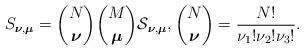
LaTeX: \begin{align*}S_{\boldsymbol\nu,\boldsymbol\mu}=\binom{N}{\boldsymbol\nu}\binom{M}{\boldsymbol\mu}\mathcal{S}_{\boldsymbol\nu,\boldsymbol\mu},\binom{N}{\boldsymbol\nu}=\frac{N!}{\nu_1!\nu_2!\nu_3!}.\end{align*}